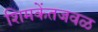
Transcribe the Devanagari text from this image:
शिमकेंतजवळ